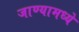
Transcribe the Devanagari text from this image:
जाण्यामध्ये